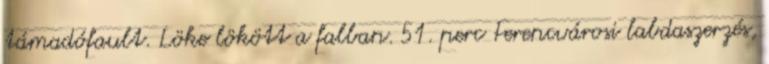
támadófault. Löke lökött a falban. 51. perc Ferencvárosi labdaszerzés,